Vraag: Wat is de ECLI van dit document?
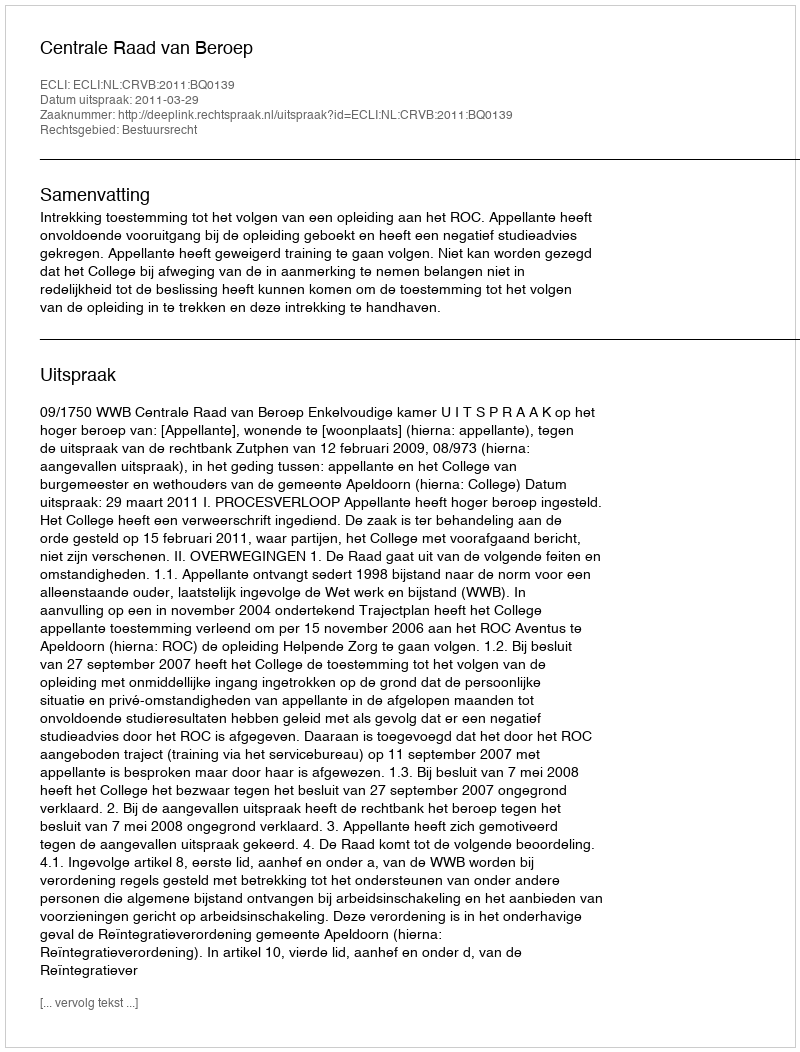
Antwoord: ECLI:NL:CRVB:2011:BQ0139